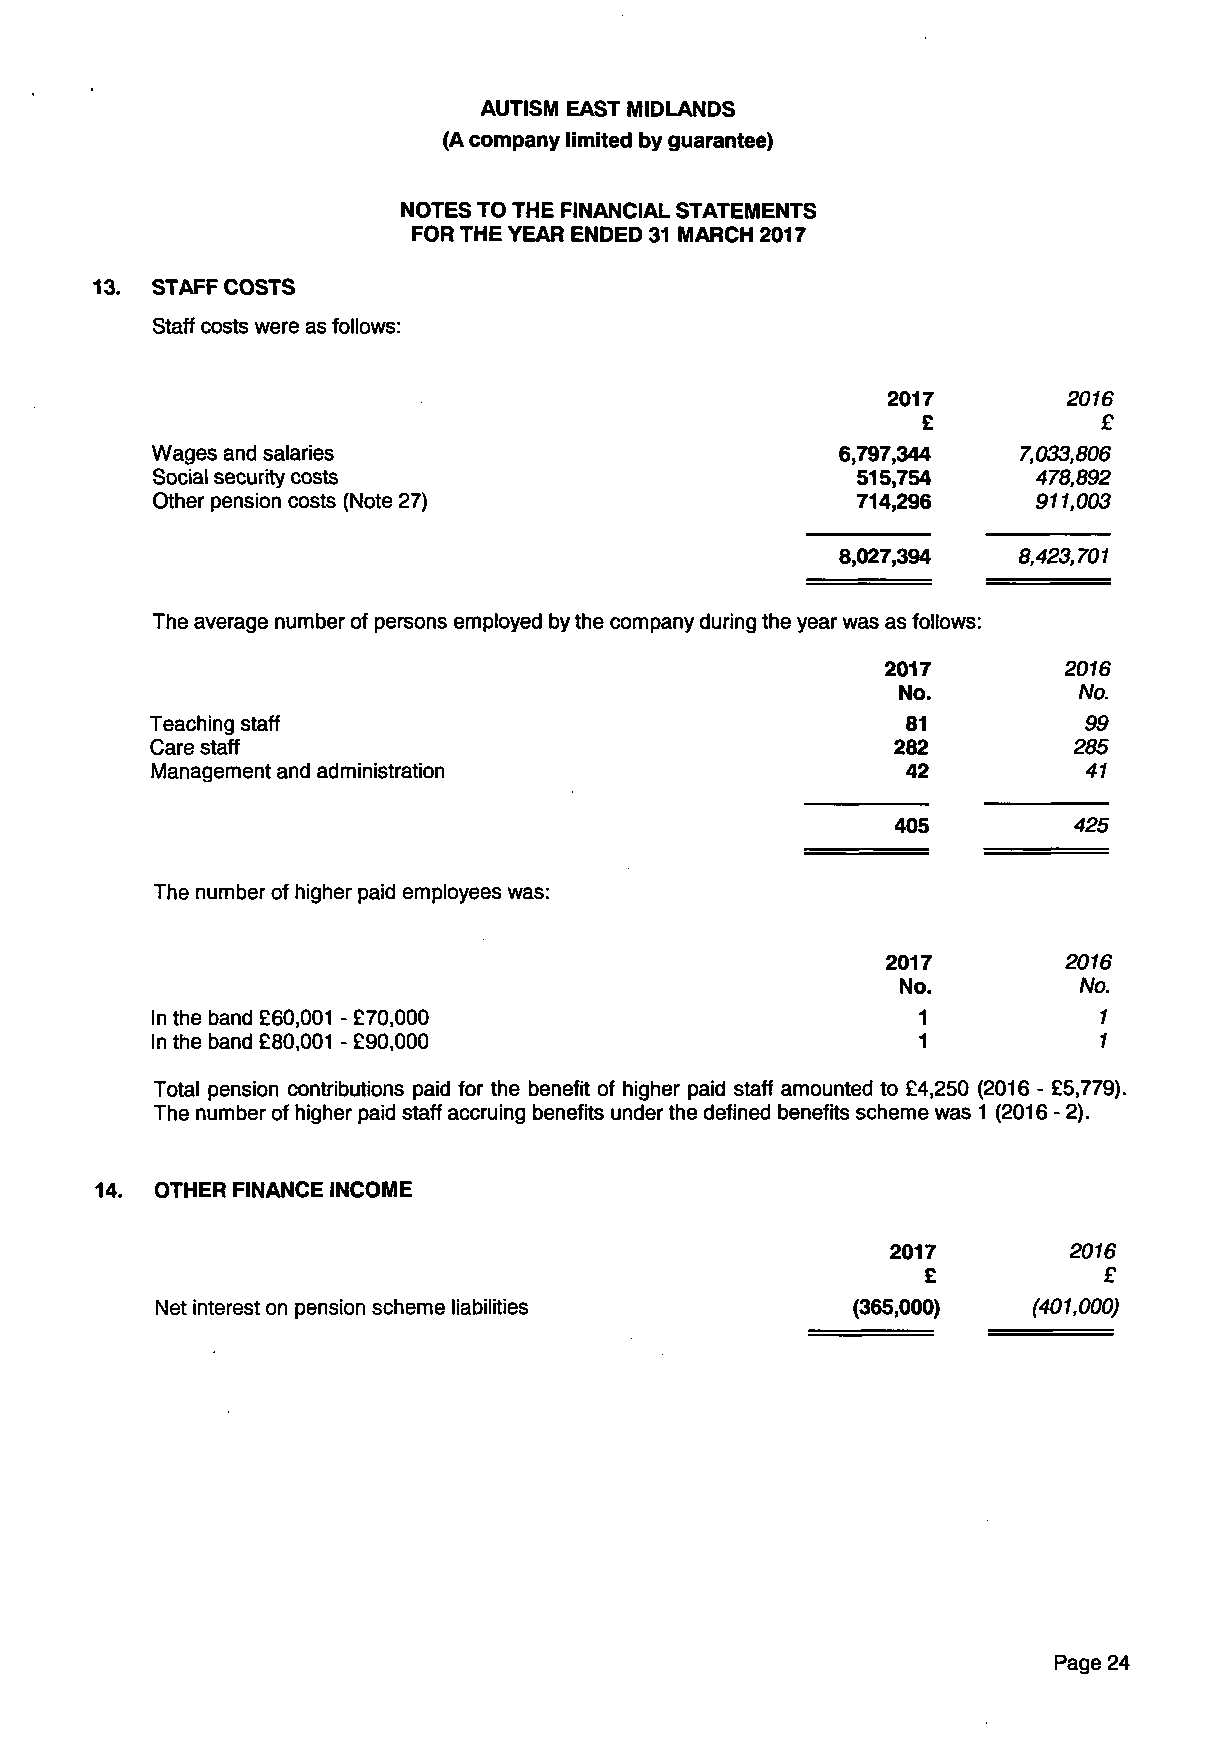
AUTISM EAST MIDLANDS
 (A company limited by guarantee)
 NOTES TO THE FINANCIAL STATEMENTS
 FOR THE YEAR ENDED 31 MARCH 2017
 13. STAFF COSTS
 Staff costs were as follows:
 2017        2016
 £           £
 Wages and salaries                            6,797,344  7,033,806
 Social security costs                          515,754     478,892
 Other pension costs (Note 27)                  714,296     911,003
 8,027,394  8,423,701
 The average number of persons employed by the company during the year was as follows:
 2017        2016
 No.        No.
 Teaching staff                                    81          99
 Care staff                                       282         285
 Management and administration                     42          41
 405         425
 The number of higher paid employees was:
 2017        2016
 No.        No.
 In the band £60,001 - £70,000                      1           1
 In the band £80,001 - £90,000                      1           1
 Total pension contributions paid for the benefit of higher paid staff amounted to £4,250 (2016 - £5,779).
 The number of higher paid staff accruing benefits under the defined benefits scheme was 1 (2016 - 2).
 14. OTHER FINANCE INCOME
 2017        2016
 £           £
 Net interest on pension scheme liabilities     (365,000)  (401,000)
 Page 24